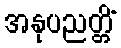
အနုပညတ္တိံ